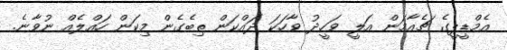
އެމްޑީޕީގެ ޗެއާމަން އަލީ ވަހީދު ވާހަކަ ދައްކަން ތިބެގެން މިކަން ހައްލެއް ނުވާނެ.